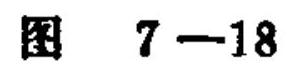
图 7—18